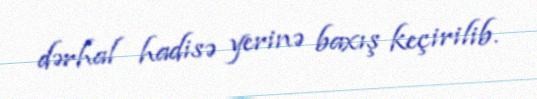
dərhal hadisə yerinə baxış keçirilib.